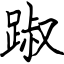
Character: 踧